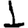
Digit: 1